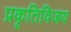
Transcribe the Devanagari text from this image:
प्रकृतिविजय